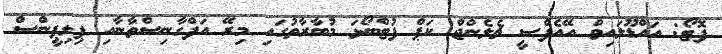
ފޮޓޯ: އައްޑޫލައިވް އޭއެފްސީ ޗެލެންޖް ކަޕް ފުޓްބޯޅަ މުބާރާތުގައި މިރޭ އަފްގާނިސްތާނާއި ޕިލިޕީންސް